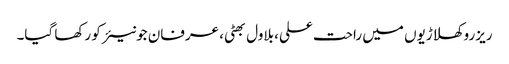
ریزرو کھلاڑیوں میں راحت علی، بلاول بھٹی، عرفان جونیئر کو رکھا گیا۔